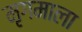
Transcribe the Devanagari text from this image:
मृगमाला